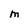
Character: M